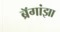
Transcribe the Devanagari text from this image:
ब्रॅगांझा